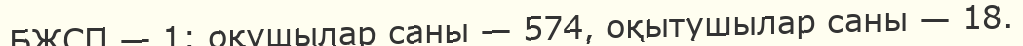
БЖСП — 1: оқушылар саны — 574, оқытушылар саны — 18.